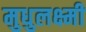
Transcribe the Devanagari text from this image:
मुधुलक्ष्मी